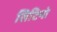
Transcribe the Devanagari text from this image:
सिटिनो